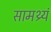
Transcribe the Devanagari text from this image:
सामथ्र्यं